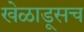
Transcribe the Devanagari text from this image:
खेळाडूसच